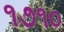
૧૭૧૦